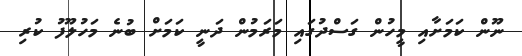
ނޫން ކަމަށާއި މީހުން ގަސްދުގައި މަރަމުން ދަނީ ކަމަށް ބުނެ މަހުލޫފު ކުރި